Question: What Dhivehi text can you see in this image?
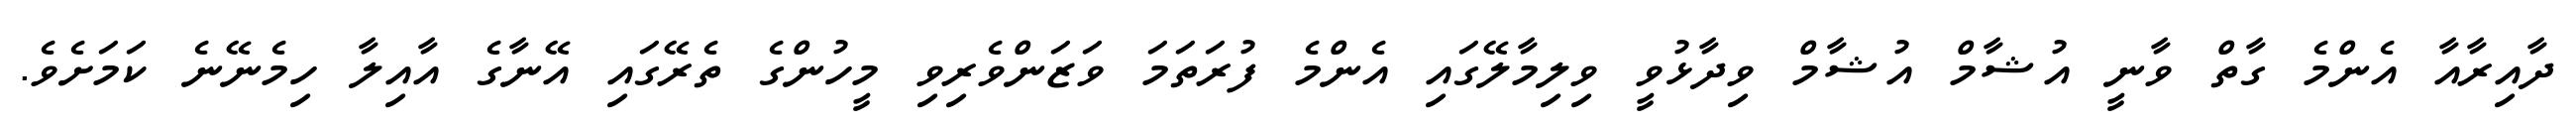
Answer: ދާއިރާއާ އެންމެ ގާތް ވާނީ އުޝާމް އުޝާމް ވިދާޅުވީ ވިލިމާލޭގައި އެންމެ ފުރަތަމަ ވަޒަންވެރިވި މީހުންގެ ތެރޭގައި އޭނާގެ އާއިލާ ހިމެނޭނެ ކަމަށެވެ.